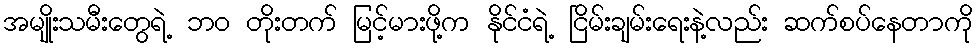
အမျိုးသမီးတွေရဲ့ ဘဝ တိုးတက် မြင့်မားဖို့က နိုင်ငံရဲ့ ငြိမ်းချမ်းရေးနဲ့လည်း ဆက်စပ်နေတာကို